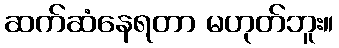
ဆက်ဆံနေရတာ မဟုတ်ဘူး။